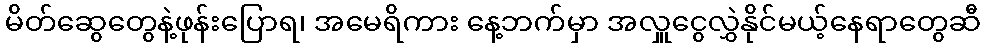
မိတ်ဆွေတွေနဲ့ဖုန်းပြောရ၊ အမေရိကား နေ့ဘက်မှာ အလှူငွေလွှဲနိုင်မယ့်နေရာတွေဆီ